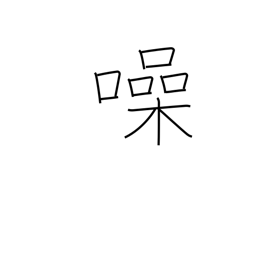
Meaning: be noisy